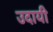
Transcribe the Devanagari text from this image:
उदायी